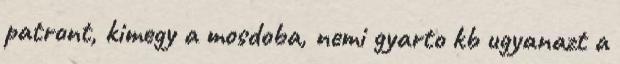
patront, kimegy a mosdoba, nemi gyarto kb ugyanazt a